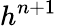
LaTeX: h^{n+1}